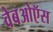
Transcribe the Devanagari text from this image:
वेबओऍस